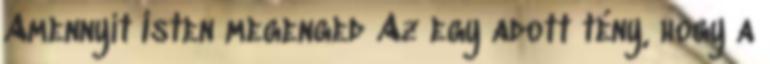
Amennyit Isten megenged Az egy adott tény, hogy a